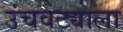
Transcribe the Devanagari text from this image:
उंचवट्याला